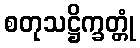
စတုသဋ္ဌိက္ခတ္တုံ